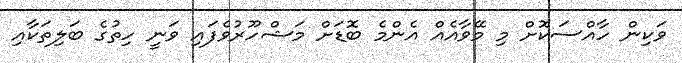
ވަކިން ހާއްސަކޮށް މި މޭވާއެއް އެންމެ ބޮޑަށް މަޝްހޫރުވެފައި ވަނީ ހިތުގެ ބަލިތަކާއި